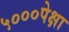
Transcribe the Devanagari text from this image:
५०००पेक्षा